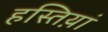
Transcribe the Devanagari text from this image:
हस्तिय़ां